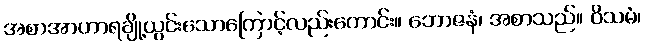
အစာအာဟာရချို့ယွင်းသောကြောင့်လည်းကောင်း။ ဘောဇနံ၊ အစာသည်။ ဝိသမံ၊